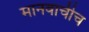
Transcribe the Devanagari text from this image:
मानवाचीच